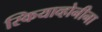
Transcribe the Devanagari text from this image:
स्कियाव्होनीना